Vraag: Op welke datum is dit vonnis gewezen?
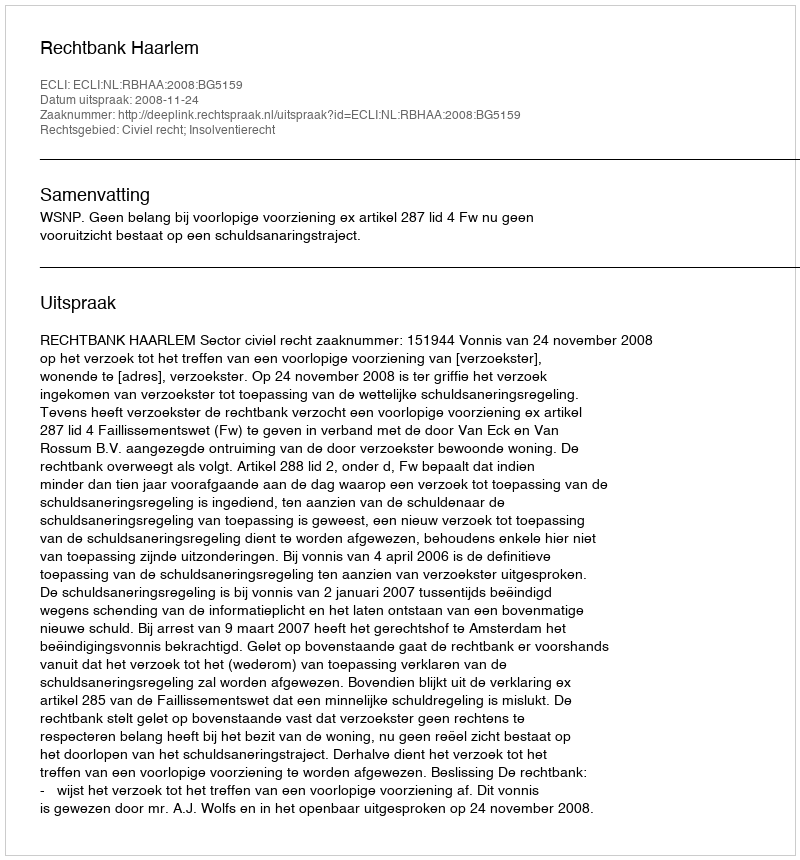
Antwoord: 2008-11-24